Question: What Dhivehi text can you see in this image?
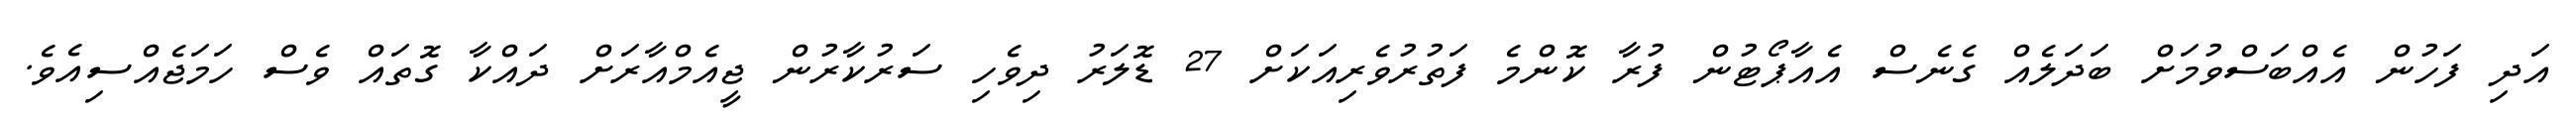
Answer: އަދި ފަހުން އެއްބަސްވުމަށް ބަދަލެއް ގެނެސް އެއާޕޯޓުން ފުރާ ކޮންމެ ފަތުރުވެރިއަކަށް 27 ޑޮލަރު ދިވެހި ސަރުކާރުން ޖީއެމްއާރަށް ދައްކާ ގޮތައް ވެސް ހަމަޖެއްސިއެވެ.